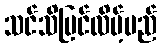
သင်သိမြင်လိမ့်မည်